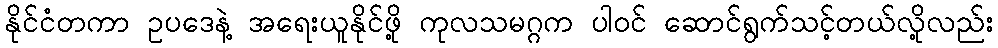
နိုင်ငံတကာ ဥပဒေနဲ့ အရေးယူနိုင်ဖို့ ကုလသမဂ္ဂက ပါဝင် ဆောင်ရွက်သင့်တယ်လို့လည်း